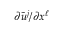
\partial \widetilde { u } ^ { j } / \partial x ^ { \ell }